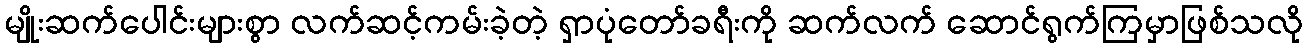
မျိုးဆက်ပေါင်းများစွာ လက်ဆင့်ကမ်းခဲ့တဲ့ ရှာပုံတော်ခရီးကို ဆက်လက် ဆောင်ရွက်ကြမှာဖြစ်သလို